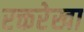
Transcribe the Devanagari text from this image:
रक्तरेखा